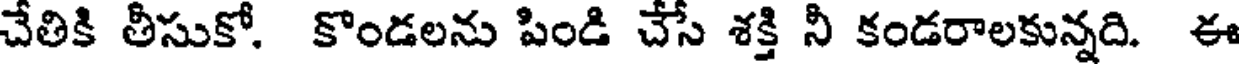
చేతికి తీసుకో. కొండలను పిండి చేసే శక్తి నీ కండరాలకున్నది. ఈ